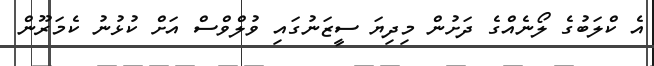
އެ ކްލަބުގެ ލޯނެއްގެ ދަށުން މިދިޔަ ސީޒަނުގައި ވުލްވްސް އަށް ކުޅުނު ކެމަރޫން